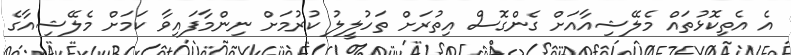
އެ އެތިކޮޅުތައް މެލޭޝިއާއަށް ގެންގޮސް އިތުރަށް ތަހުލީލު ކުރުމަށް ނިންމާފައިވާ ކަމަށް މެލޭޝިއާގެ